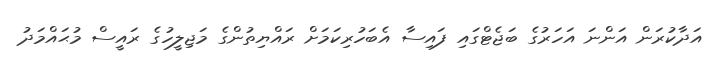
އަދާކުރަން އަންނަ އަހަރުގެ ބަޖެޓްގައި ފައިސާ އެބަހުރިކަމަށް ރައްޔިތުންގެ މަޖިލީހުގެ ރައީސް މުޙައްމަދު